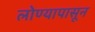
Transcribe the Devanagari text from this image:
लोण्यापासून